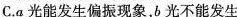
C.a光能发生偏振现象，b光不能发生